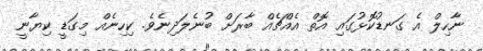
ނާހިލް އެ ގަނޑުކޮޅުގައި އޮތް އެއްޗެއް ބާރަށް ބުނެލަދިނެވެ. ކިހިނެއް މިގަޑީ ކިޔާނީ